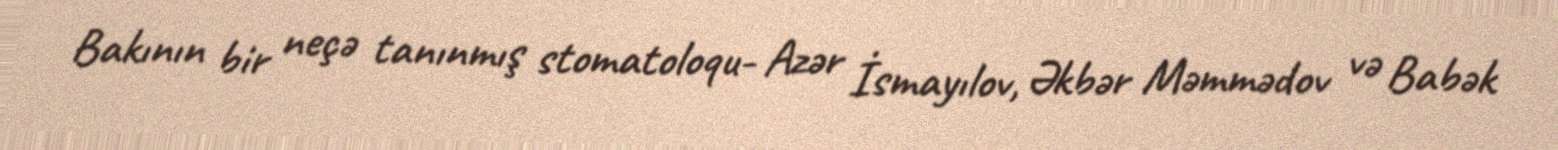
Bakının bir neçə tanınmış stomatoloqu- Azər İsmayılov, Əkbər Məmmədov və Babək